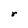
Character: r